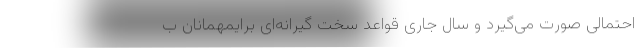
احتمالی صورت می‌گیرد و سال جاری قواعد سخت گیرانه‌ای برایمهمانان ب